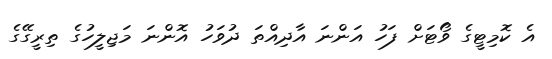
އެ ކޮމިޓީގެ ވޯޓަށް ފަހު އަންނަ އާދިއްތަ ދުވަހު އޮންނަ މަޖިލީހުގެ ތިރީގޭގެ